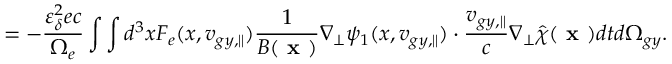
= - \frac { \varepsilon _ { \delta } ^ { 2 } e c } { \Omega _ { e } } \int \int d ^ { 3 } x F _ { e } ( x , v _ { g y , \parallel } ) \frac { 1 } { B ( \textbf { x } ) } \nabla _ { \perp } \psi _ { 1 } ( x , v _ { g y , \parallel } ) \boldsymbol { \cdot } \frac { v _ { g y , \parallel } } { c } \nabla _ { \perp } \hat { \chi } ( \textbf { x } ) d t d \Omega _ { g y } .